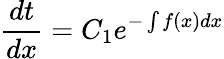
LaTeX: {\frac{dt}{dx}}=C_{1}e^{-\int f(x)dx}